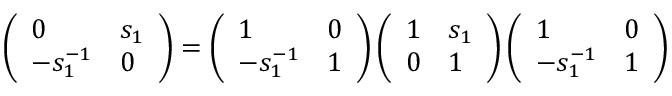
\left( \begin{array} { l l } { 0 } & { s _ { 1 } } \\ { - s _ { 1 } ^ { - 1 } } & { 0 } \end{array} \right) = \left( \begin{array} { l l } { 1 } & { 0 } \\ { - s _ { 1 } ^ { - 1 } } & { 1 } \end{array} \right) \left( \begin{array} { l l } { 1 } & { s _ { 1 } } \\ { 0 } & { 1 } \end{array} \right) \left( \begin{array} { l l } { 1 } & { 0 } \\ { - s _ { 1 } ^ { - 1 } } & { 1 } \end{array} \right)